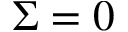
\Sigma = 0